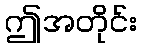
ဤအတိုင်း